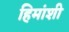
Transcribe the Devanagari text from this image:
हिमांशी